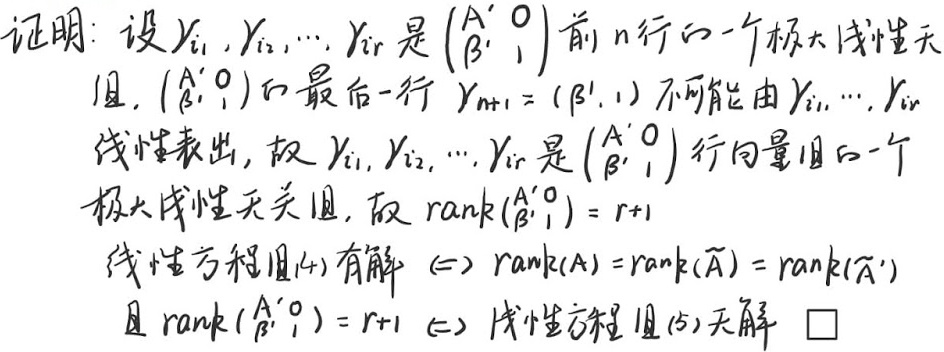
证明：设 \(\gamma_{i_1},\gamma_{i_2},\cdots,\gamma_{i_r}\) 是 \(\begin{pmatrix}A'&0\\B'&1\end{pmatrix}\) 前 \(n\) 行的一个极大线性无关组。因为 \(\begin{pmatrix}A'&0\\B'&1\end{pmatrix}\) 的最后一行 \(\gamma_{n + 1} = (\beta',1)\) 不可能由 \(\gamma_{i_1},\cdots,\gamma_{i_r}\) 线性表出，所以 \(\gamma_{i_1},\gamma_{i_2},\cdots,\gamma_{i_r}\) 是 \(\begin{pmatrix}A'&0\\B'&1\end{pmatrix}\) 行向量组的一个极大线性无关组，进而 \(\text{rank}\begin{pmatrix}A'&0\\B'&1\end{pmatrix}=r + 1\)。

线性方程组\((4)\) 有解 \(\Leftrightarrow \text{rank}(A)=\text{rank}(\widetilde{A})=\text{rank}(\widetilde{A}')\) 且 \(\text{rank}\begin{pmatrix}A'&0\\B'&1\end{pmatrix}=r + 1\Leftrightarrow\) 线性方程组\((5)\) 无解。 \(\square\)